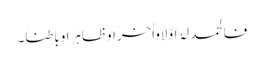
فالحمد لہُ اوّلاًواٰخرًاوظاہرًاوباطناً۔